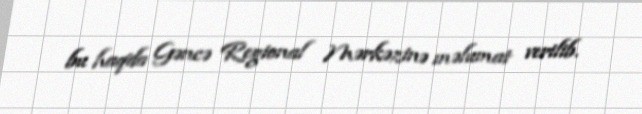
bu haqda Gəncə Regional Mərkəzinə məlumat verilib.